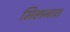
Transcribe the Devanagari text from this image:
मिलनात